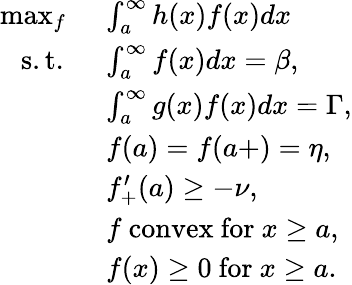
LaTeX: \begin{array}{rl}{\operatorname*{max}_{f}\ }&{\int_{a}^{\infty}h(x)f(x)dx}\\ {\mathrm{s.t.}\ \ }&{\int_{a}^{\infty}f(x)dx=\beta,}\\ &{\int_{a}^{\infty}g(x)f(x)dx=\Gamma,}\\ &{f(a)=f(a+)=\eta,}\\ &{f_{+}^{\prime}(a)\geq-\nu,}\\ &{f\ \mathrm{convex~for~}x\geq a,}\\ &{f(x)\geq 0\ \mathrm{for~}x\geq a.}\end{array}